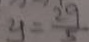
y = \frac { 2 9 } { 5 }